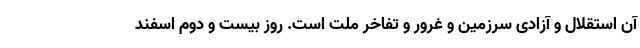
آن استقلال و آزادی سرزمین و غرور و تفاخر ملت است. روز بیست و دوم اسفند